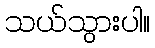
သယ်သွားပါ။